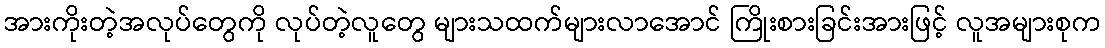
အားကိုးတဲ့အလုပ်တွေကို လုပ်တဲ့လူတွေ များသထက်များလာအောင် ကြိုးစားခြင်းအားဖြင့် လူအများစုက